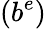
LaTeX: (b^{e})